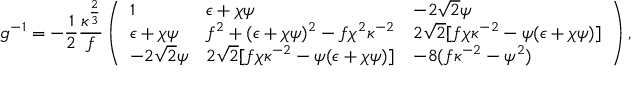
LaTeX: g ^ { - 1 } = - { \frac { 1 } { 2 } } { \frac { \kappa ^ { \frac { 2 } { 3 } } } { f } } \left( \begin{array} { l l l } { { 1 } } & { { \epsilon + \chi \psi } } & { { - 2 \sqrt 2 \psi } } \\ { { \epsilon + \chi \psi } } & { { f ^ { 2 } + ( \epsilon + \chi \psi ) ^ { 2 } - f \chi ^ { 2 } \kappa ^ { - 2 } } } & { { 2 \sqrt 2 [ f \chi \kappa ^ { - 2 } - \psi ( \epsilon + \chi \psi ) ] } } \\ { { - 2 \sqrt 2 \psi } } & { { 2 \sqrt 2 [ f \chi \kappa ^ { - 2 } - \psi ( \epsilon + \chi \psi ) ] } } & { { - 8 ( f \kappa ^ { - 2 } - \psi ^ { 2 } ) } } \end{array} \right) ,